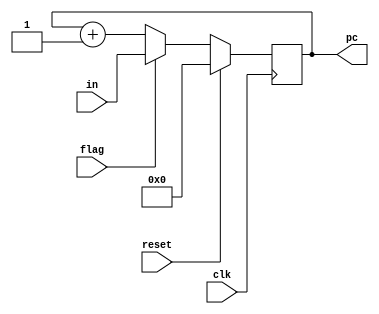
module counter(pc,in,flag,clk,reset);
output reg [31:0]pc;
input      [31:0]in;
input  flag,clk,reset;

always @(posedge clk)
begin
	if (reset) pc = 0;
	else if (flag) pc=in;
	else
  	 pc <= pc + 1;
end

endmodule